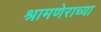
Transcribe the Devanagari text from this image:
श्रामणेराच्या